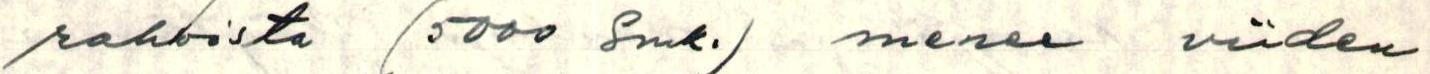
rahoista (5000 Smk.) menee viiden